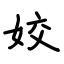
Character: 姣